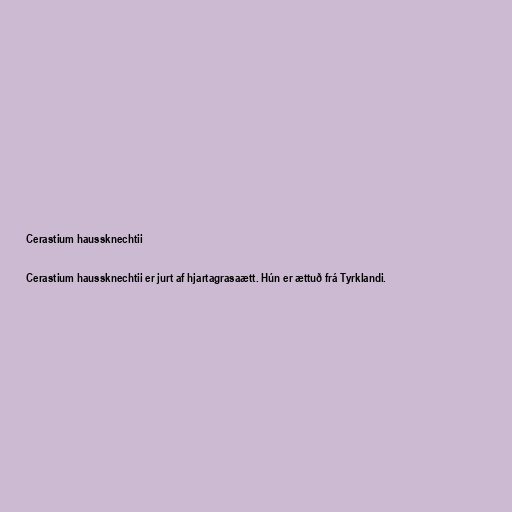
Cerastium haussknechtii

Cerastium haussknechtii er jurt af hjartagrasaætt. Hún er ættuð frá Tyrklandi.